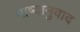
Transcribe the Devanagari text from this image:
भाष्यानुवाद